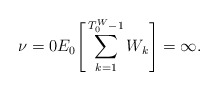
\begin{align*} \nu=0 E_0\Bigg[\sum_{k=1}^{T_0^{W}-1}W_k\Bigg]=\infty. \end{align*}